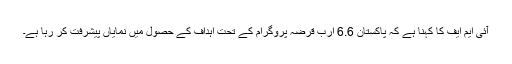
آئی ایم ایف کا کہنا ہے کہ پاکستان 6.6 ارب قرضہ پروگرام کے تحت اہداف کے حصول میں نمایاں پیشرفت کر رہا ہے۔